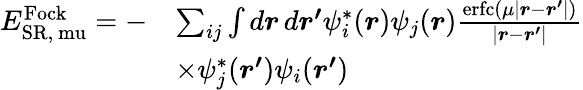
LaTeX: \begin{array}{rl}{E_{\mathrm{{SR},\ mu}}^{\mathrm{Fock}}=-}&{\sum_{ij}\int d\boldsymbol{r}\, d\boldsymbol{r^{\prime}}\psi_{i}^{*}(\boldsymbol{r})\psi_{j}(\boldsymbol{r})\frac{\mathrm{erfc}(\mu\left|\boldsymbol{r}-\boldsymbol{r^{\prime}}\right|)}{\left|\boldsymbol{r}-\boldsymbol{r^{\prime}}\right|}}\\ &{\times\psi_{j}^{*}(\boldsymbol{r^{\prime}})\psi_{i}(\boldsymbol{r^{\prime}})}\end{array}